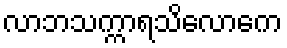
လာဘသက္ကာရသိလောကေ